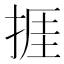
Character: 捱